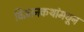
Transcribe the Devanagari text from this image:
विज्ञानकथांमधून